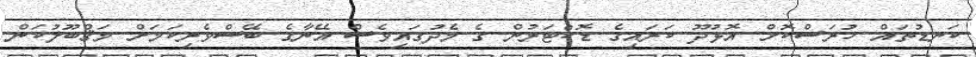
ކަނޑުތައް ހުރަސްކޮށް އޮޅުދޫ ކަރައިގެ ޑޮކްޓަރުން ގެ މެދުގައިވެސް އޭނާގެ ބޭސްވެރިކަމަށް މަޤްބޫލުކަން